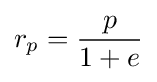
r_{p}={\frac {p}{1+e}}